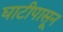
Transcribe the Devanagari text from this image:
घाटीपासून